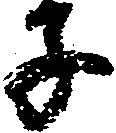
子